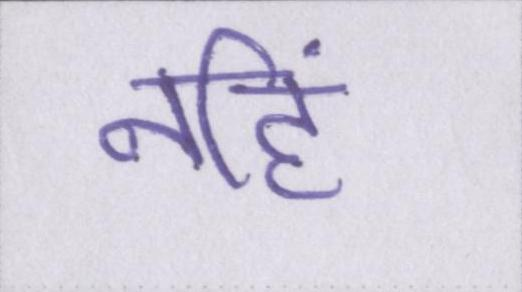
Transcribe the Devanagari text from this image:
नहिं